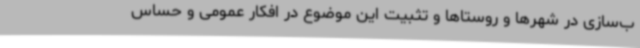
ب‌سازی در شهرها و روستاها و تثبیت این موضوع در افکار عمومی و حساس